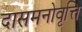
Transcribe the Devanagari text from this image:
दासमनोवृत्ति